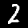
Digit: 2